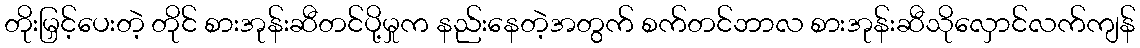
တိုးမြှင့်ပေးတဲ့ တိုင် စားအုန်းဆီတင်ပို့မှုက နည်းနေတဲ့အတွက် စက်တင်ဘာလ စားအုန်းဆီသိုလှောင်လက်ကျန်